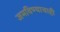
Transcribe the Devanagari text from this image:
जमविण्याचाही